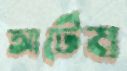
আর্টেম